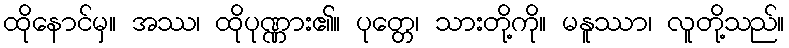
ထိုနောင်မှ။ အဿ၊ ထိုပုဏ္ဏား၏။ ပုတ္တေ၊ သားတို့ကို။ မနူဿာ၊ လူတို့သည်။